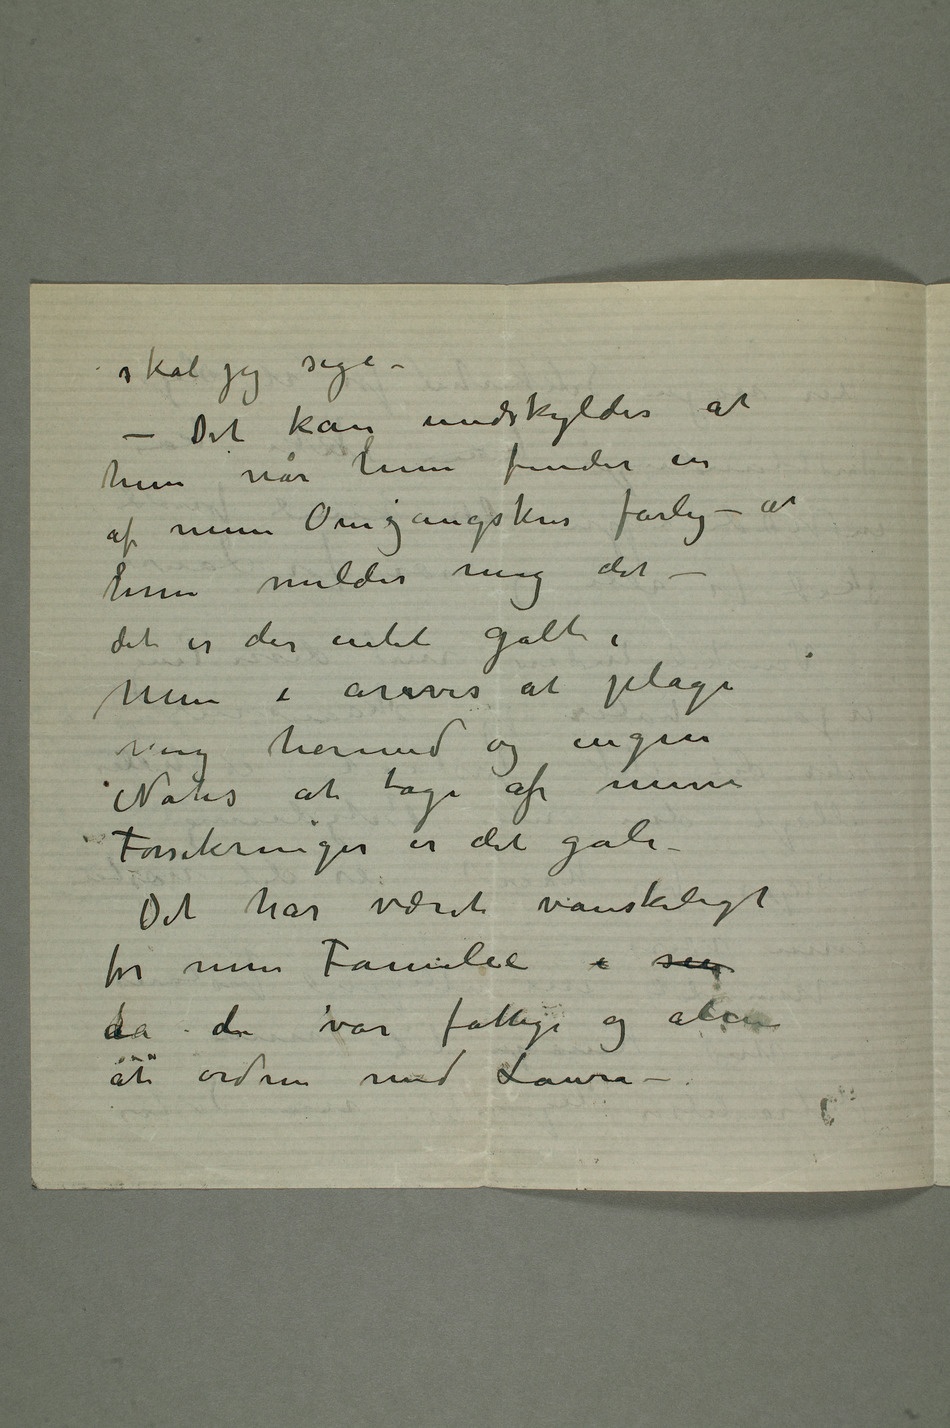
skal jeg sige –
– Det kan undskyldes at
hun når hun finder en
af min Omgangskres farlig – at
hun melder mig det –
det er der intet galt i
Men i årevis at plage mig
herved og ingen
Notis at tage af mine
Forsikringer er det gale
– Det har været vanskeligt
for min Familie i sen
da de var fattige og alene
at ordne med Laura –